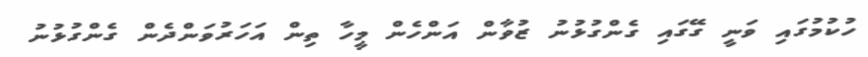
ހުކުމުގައި ވަނީ ގޭގައި ގެންގުޅުނު ޒުވާން އަންހެން މީހާ ތިން އަހަރުވަންދެން ގެންގުޅުނު